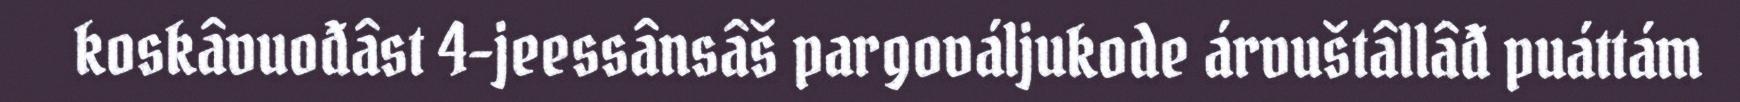
koskâvuođâst 4-jeessânsâš pargováljukode árvuštâllâđ puáttám